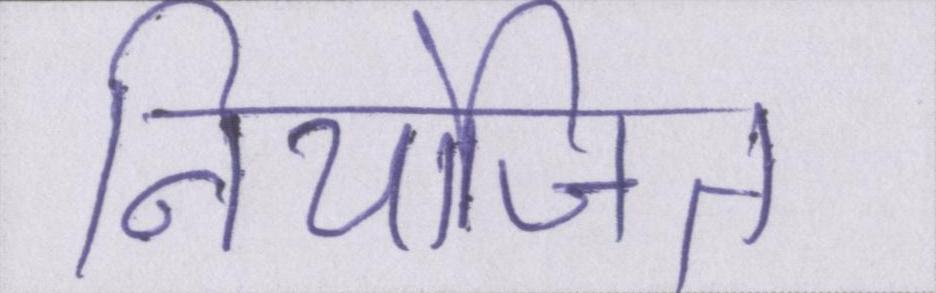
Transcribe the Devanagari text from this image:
नियोजित